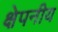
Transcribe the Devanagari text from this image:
क्षेपनीय